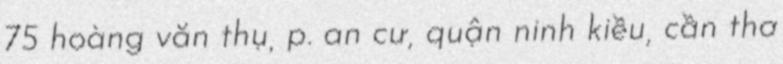
75 hoàng văn thụ, p. an cư, quận ninh kiều, cần thơ